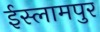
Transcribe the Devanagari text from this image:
ईस्लामपुर